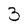
Character: 3